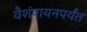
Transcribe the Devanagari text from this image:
वैशंपायनपर्यंत